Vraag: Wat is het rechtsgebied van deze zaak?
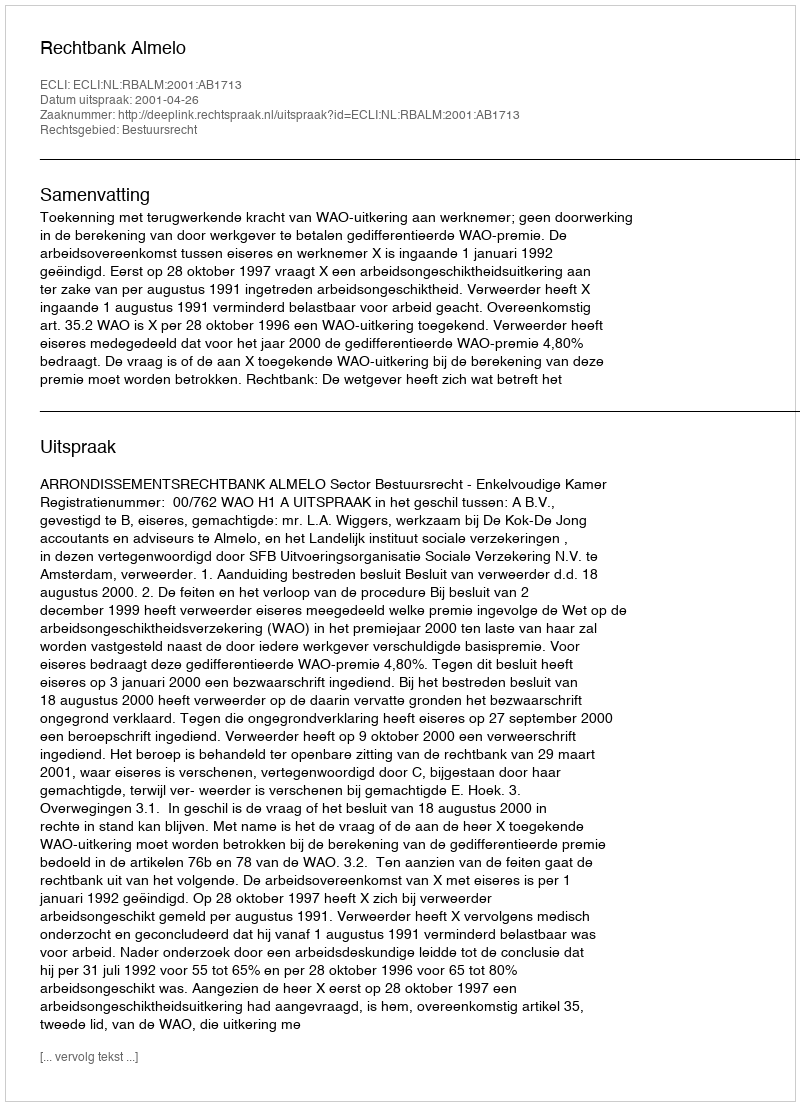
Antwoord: Bestuursrecht